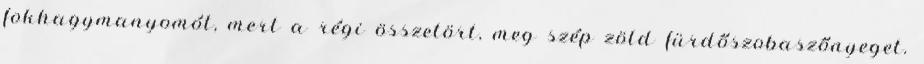
fokhagymanyomót, mert a régi összetört, meg szép zöld fürdőszobaszőnyeget.